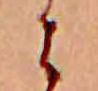
に